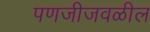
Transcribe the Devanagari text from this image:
पणजीजवळील